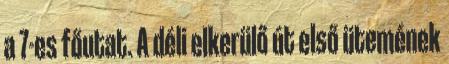
a 7-es főutat. A déli elkerülő út első ütemének